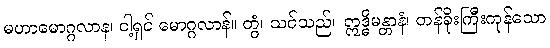
မဟာမောဂ္ဂလာန၊ ငါ့ရှင် မောဂ္ဂလာန်။ တွံ၊ သင်သည်။ ဣဒ္ဓိမန္တာနံ၊ တန်ခိုးကြီးကုန်သော